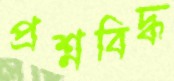
প্রশ্নবিদ্ধ